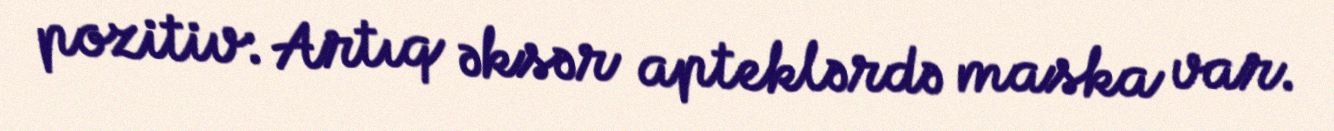
pozitiv: Artıq əksər apteklərdə maska var.